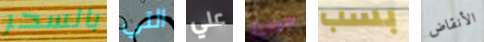
بالسحر التي علي هوبير بسب الأنقاض